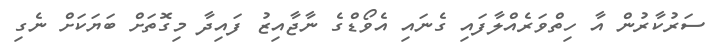
ސަރުކާރުން އާ ހިތްވަރެއްލާފައި ގެނައި އެވޯޑްގެ ނާޖާއިޒު ފައިދާ މިގޮތަށް ބަޔަކަށް ނެގި